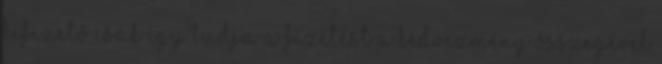
kifizető csak így tudja a fizetést a kedvezmény összegével